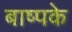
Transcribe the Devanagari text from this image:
बाष्पके